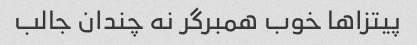
پیتزا‌ها خوب همبرگر نه چندان جالب